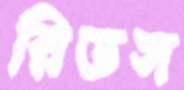
রিডস